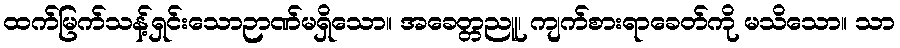
ထက်မြက်သန့်ရှင်းသောဉာဏ်မရှိသော။ အခေတ္တညူ၊ ကျက်စားရာခေတ်ကို မသိသော။ သာ